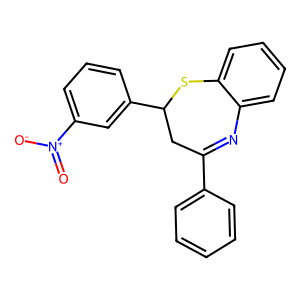
SMILES: O=[N+]([O-])c1cccc(C2CC(c3ccccc3)=Nc3ccccc3S2)c1
Inhibits HIV replication: No